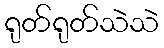
ရုတ်ရုတ်သဲသဲ